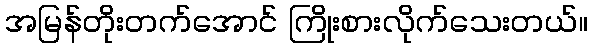
အမြန်တိုးတက်အောင် ကြိုးစားလိုက်သေးတယ်။